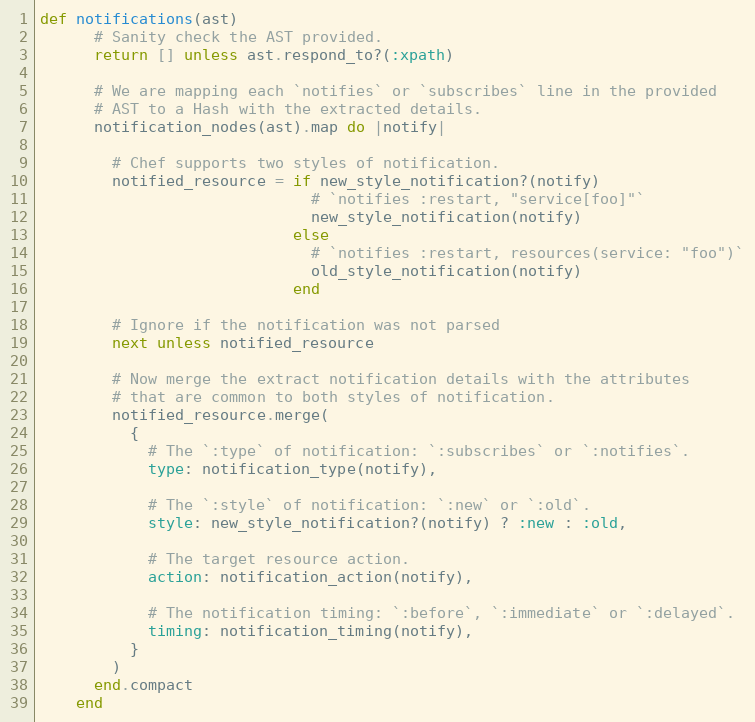
Language: Ruby
def notifications(ast)
      # Sanity check the AST provided.
      return [] unless ast.respond_to?(:xpath)

      # We are mapping each `notifies` or `subscribes` line in the provided
      # AST to a Hash with the extracted details.
      notification_nodes(ast).map do |notify|

        # Chef supports two styles of notification.
        notified_resource = if new_style_notification?(notify)
                              # `notifies :restart, "service[foo]"`
                              new_style_notification(notify)
                            else
                              # `notifies :restart, resources(service: "foo")`
                              old_style_notification(notify)
                            end

        # Ignore if the notification was not parsed
        next unless notified_resource

        # Now merge the extract notification details with the attributes
        # that are common to both styles of notification.
        notified_resource.merge(
          {
            # The `:type` of notification: `:subscribes` or `:notifies`.
            type: notification_type(notify),

            # The `:style` of notification: `:new` or `:old`.
            style: new_style_notification?(notify) ? :new : :old,

            # The target resource action.
            action: notification_action(notify),

            # The notification timing: `:before`, `:immediate` or `:delayed`.
            timing: notification_timing(notify),
          }
        )
      end.compact
    end